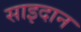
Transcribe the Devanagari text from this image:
साइदान